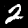
Label: 2